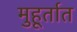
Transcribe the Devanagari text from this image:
मुहूर्तात